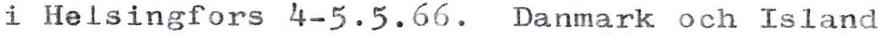
i Helsingfors 4-5.5.66. Danmark och Island